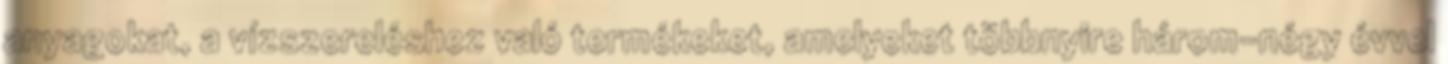
anyagokat, a vízszereléshez való termékeket, amelyeket többnyire három-négy évvel